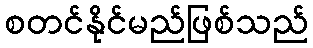
စတင်နိုင်မည်ဖြစ်သည်